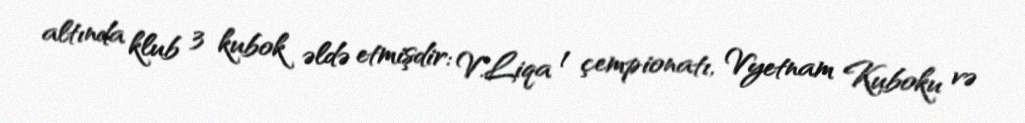
altında klub 3 kubok əldə etmişdir: V.Liqa 1 çempionatı, Vyetnam Kuboku və